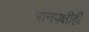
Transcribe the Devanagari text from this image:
रानपक्षीही